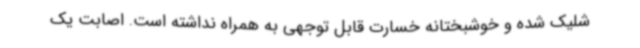
شلیک شده و خوشبختانه خسارت قابل توجهی به همراه نداشته است. اصابت یک